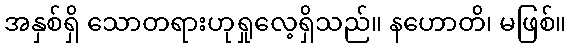
အနှစ်ရှိ သောတရားဟုရှုလေ့ရှိသည်။ နဟောတိ၊ မဖြစ်။